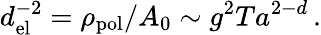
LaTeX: d_{\mathrm{el}}^{-2}=\rho_{\mathrm{pol}}/A_{0}\sim g^{2}Ta^{2-d}\, .